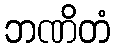
ဘဏိတံ